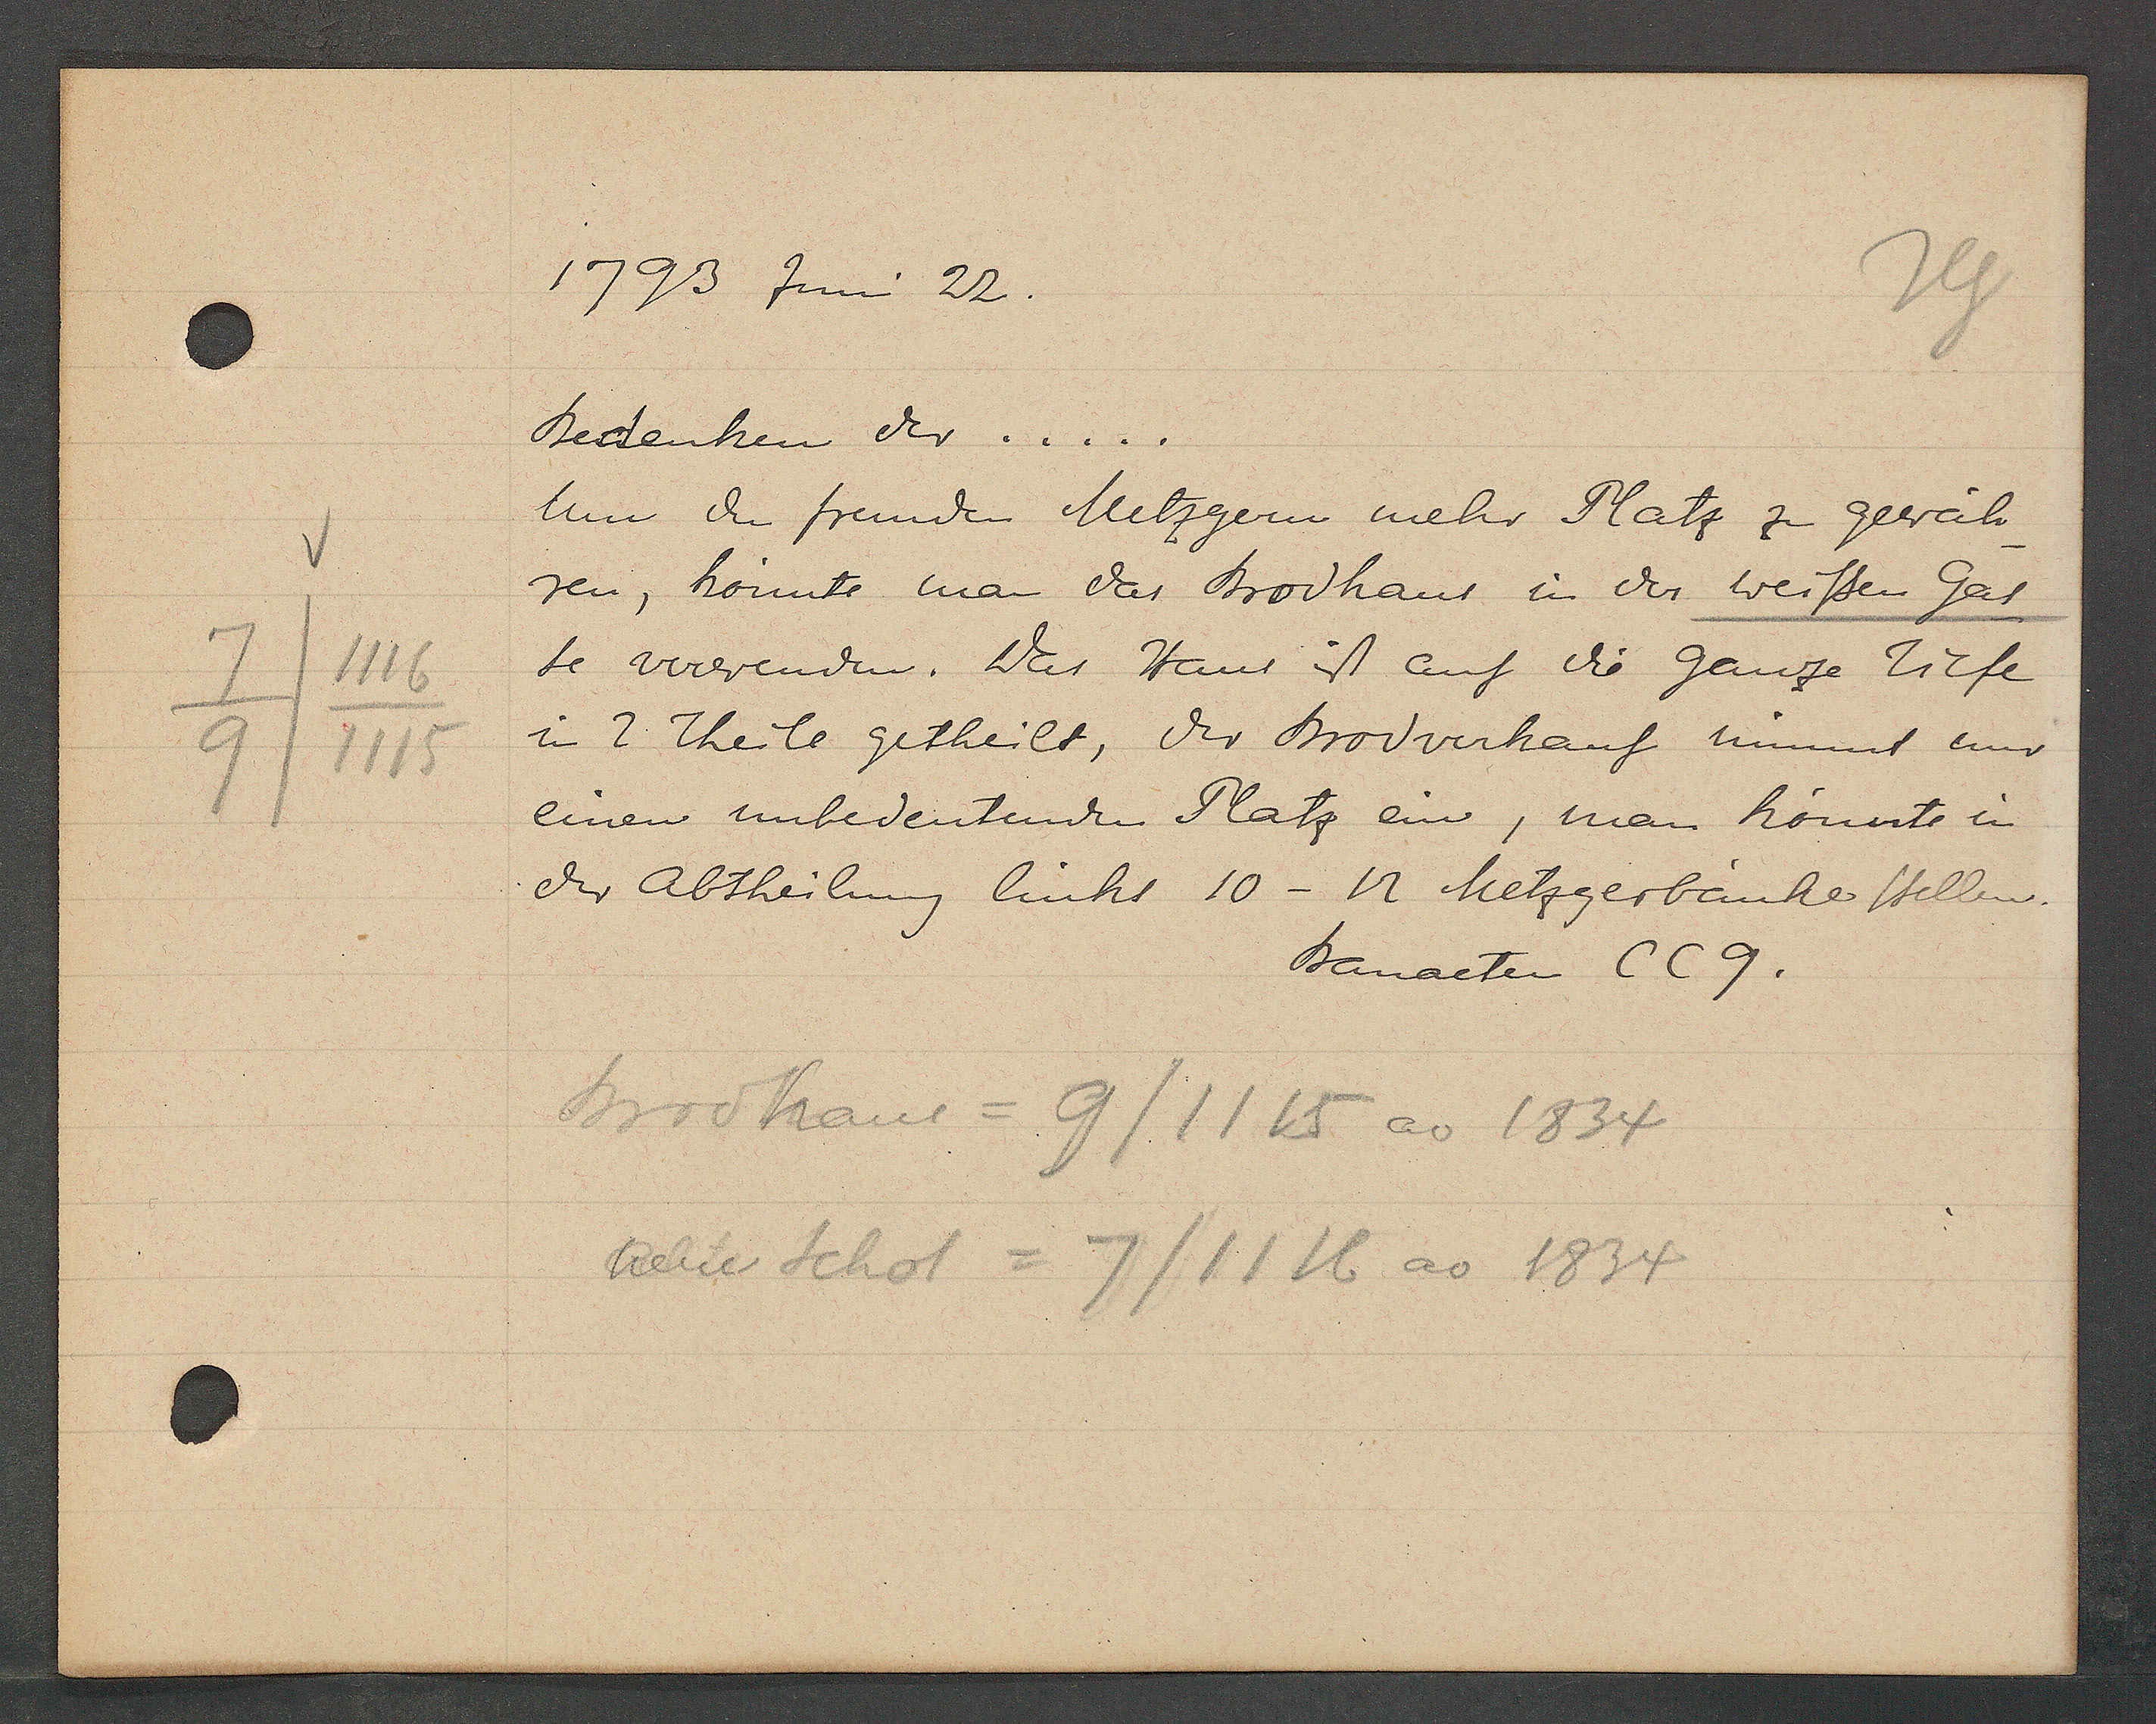
Transcript:
7/1116
9/1115

1793 Juni 22.
Bedenken der .....
Um den fremden Metzgern mehr Platz zu gewäh¬
ren, könnte man das Brodhaus in der weissen Gas
se verwenden. Was Haus ist auf die Ganze Tiefe
in 2 Theile getheilt, der Brodverkauf nimmt nur
einen unbedeutenden Platz ein, man könnte in
der Abtheilung linhs 10 - 12 Metzgerbänke stellen.

Bauacten CC9.

Brodhaus = 9/1115 ao 1834
neuer Schol = 7/1116 ao 1834